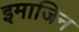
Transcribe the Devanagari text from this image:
इमाजिन